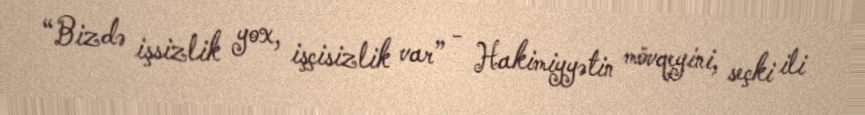
“Bizdə işsizlik yox, işçisizlik var” - Hakimiyyətin mövqeyini, seçki ili